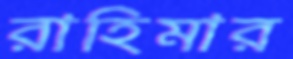
রাহিমার